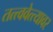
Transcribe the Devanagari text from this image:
तत्त्ववेत्त्यावर